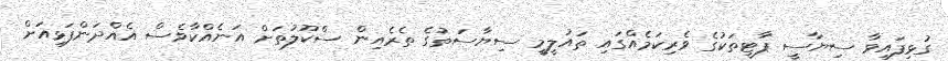
ގުޅިފައިވާ ސިޔާސީ ޕާޓީތަކުގެ ވެރިކަމެއްގައި ތައުލީމީ ސިޔާސަތުގެ ތެރެއިން ސްކޫލުތަށް އަނެއްކާވެސް އެއްދަންފަޅިއަށް